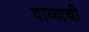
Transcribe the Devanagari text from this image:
दाव्याची